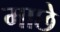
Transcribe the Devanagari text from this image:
माछे